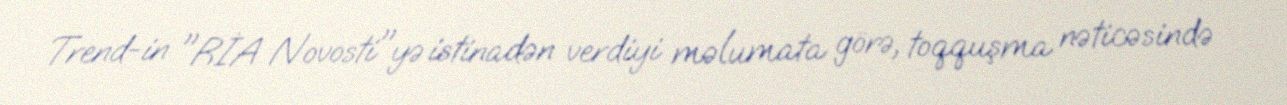
Trend-in "RİA Novosti"yə istinadən verdiyi məlumata görə, toqquşma nəticəsində